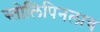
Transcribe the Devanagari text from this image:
स्तोलिपिनलाच